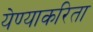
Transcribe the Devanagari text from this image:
येण्याकरिता